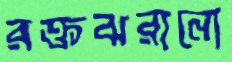
রক্তঝরানো